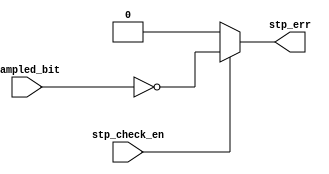
module Stop_check (
 input wire                                     sampled_bit,stp_check_en,
 output wire                                   stp_err
);

assign stp_err=(stp_check_en) ? (~sampled_bit) : 1'b0 ;

endmodule